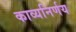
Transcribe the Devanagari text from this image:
काव्यनिर्णय